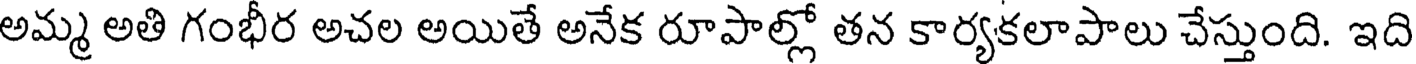
అమ్మ అతి గంభీర అచల అయితే అనేక రూపాల్లో తన కార్యకలాపాలు చేస్తుంది. ఇది